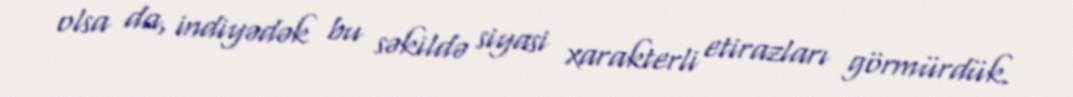
olsa da, indiyədək bu səkildə siyasi xarakterli etirazları görmürdük.